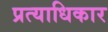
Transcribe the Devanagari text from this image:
प्रत्याधिकार